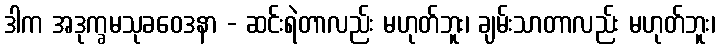
ဒါက အဒုက္ခမသုခဝေဒနာ - ဆင်းရဲတာလည်း မဟုတ်ဘူး၊ ချမ်းသာတာလည်း မဟုတ်ဘူး၊